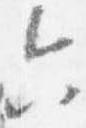
六